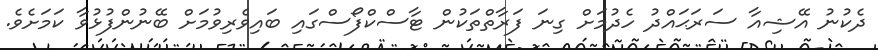
ދެކުނު އޭޝިއާ ސަރަޙައްދު ހެދުމަށް ގިނަ ފަރާތްތަކުން ޓާސްކްފޯސްގައި ބައިވެރިވުމަށް ބޭނުންފުޅުވާ ކަމަށެވެ.